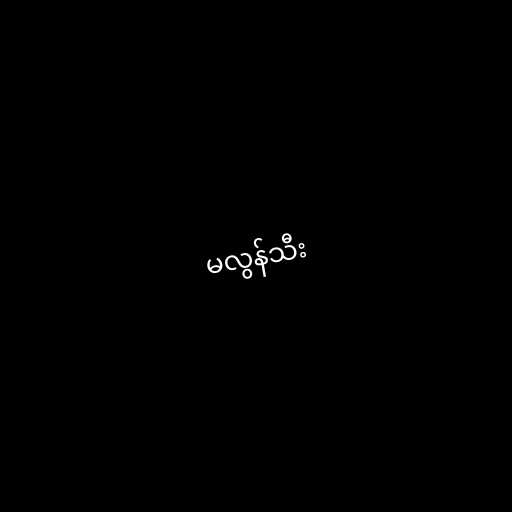
မလွန်သီး